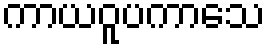
ကာယဝူပကာသေ